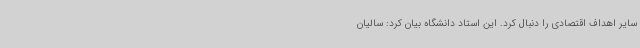
سایر اهداف اقتصادی را دنبال کرد. این استاد دانشگاه بیان کرد: سالیان